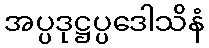
အပ္ပဒုဋ္ဌပ္ပဒေါသိနံ